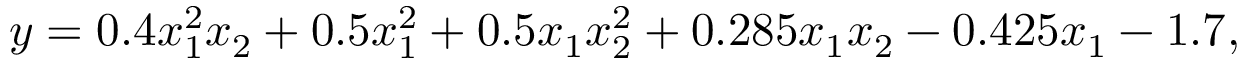
y = 0 . 4 x _ { 1 } ^ { 2 } x _ { 2 } + 0 . 5 x _ { 1 } ^ { 2 } + 0 . 5 x _ { 1 } x _ { 2 } ^ { 2 } + 0 . 2 8 5 x _ { 1 } x _ { 2 } - 0 . 4 2 5 x _ { 1 } - 1 . 7 ,